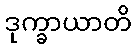
ဒုက္ခာယာတိ